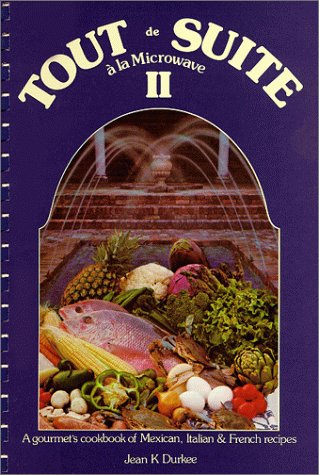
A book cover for Tout De Suite a LA Microwave II: Mexican, Italian and French Recipes; Jean K. Durkee; Cookbooks, Food & Wine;